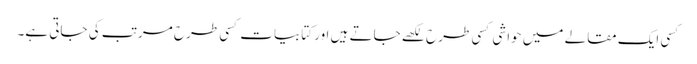
کسی ایک مقالے میں حواشی کسی طرح لکھے جاتے ہیں اور کتابیات کسی طرح مرتب کی جاتی ہے۔